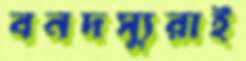
বনদস্যুরাই